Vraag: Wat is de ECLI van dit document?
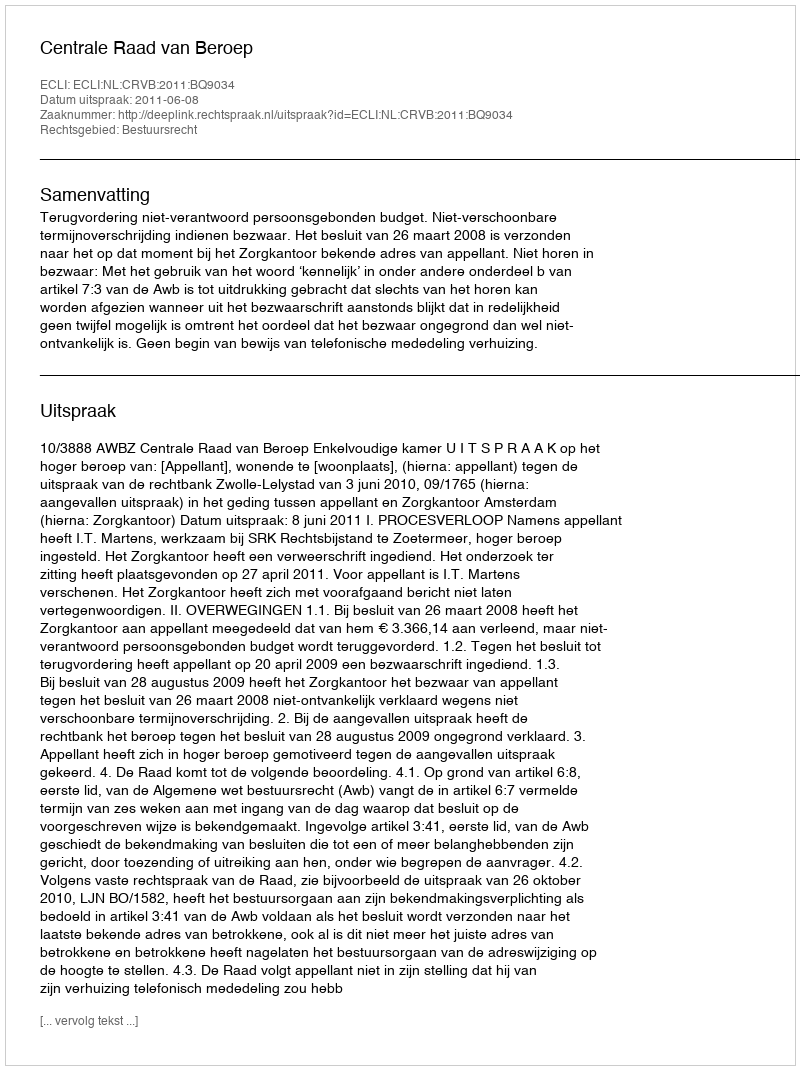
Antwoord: ECLI:NL:CRVB:2011:BQ9034